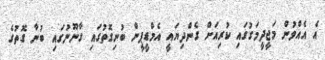
އެ އެއްވުން މަޖީދީމަގުގައި ކުރިއަށް ގެންދިޔައީ އެމްޑީޕީން ބުނިގޮތުގައި ގާނޫނުގައި ބުނާ ގޮތުގެ